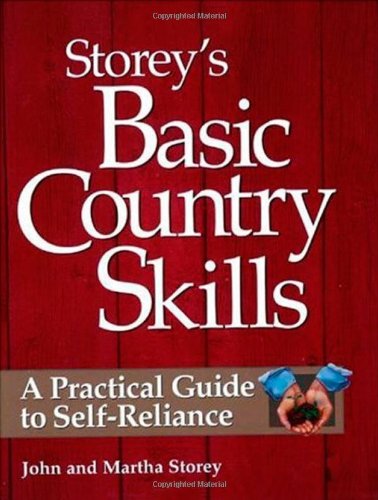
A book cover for Storey's Basic Country Skills: A Practical Guide to Self-Reliance; John Storey; Crafts, Hobbies & Home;